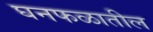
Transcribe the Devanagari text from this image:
घनफळातील